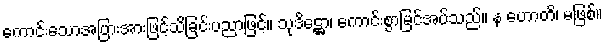
ကောင်းသောအပြားအားဖြင့်သိခြင်းပညာဖြင့်။ သုဒိဋ္ဌော၊ ကောင်းစွာမြင်အပ်သည်။ န ဟောတိ၊ မဖြစ်။